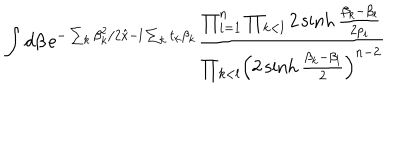
LaTeX: \int d \beta \, \mathrm { e } ^ { - \sum _ { k } \beta _ { k } ^ { 2 } / 2 \hat { x } - l \sum _ { k } t _ { k } \beta _ { k } } { \frac { \prod _ { i = 1 } ^ { n } \prod _ { k < l } 2 \sinh { \frac { \beta _ { k } - \beta _ { l } } { 2 p _ { i } } } } { \prod _ { k < l } \Bigl ( 2 \sinh { \frac { \beta _ { k } - \beta _ { l } } { 2 } } \Bigr ) ^ { n - 2 } } }